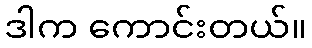
ဒါက ကောင်းတယ်။